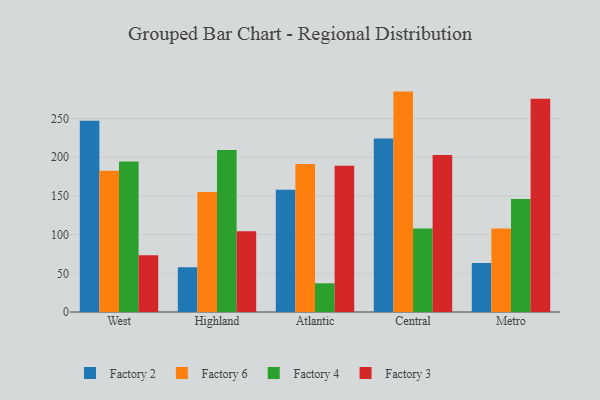
{"axis": {"x": "Region", "y": "Waste Production (Tons)"}, "legend": ["Factory 2", "Factory 3", "Factory 4", "Factory 6"], "data": [{"x": "West", "y": 247.3, "type": "Factory 2"}, {"x": "West", "y": 182.6, "type": "Factory 6"}, {"x": "West", "y": 194.6, "type": "Factory 4"}, {"x": "West", "y": 73.5, "type": "Factory 3"}, {"x": "Highland", "y": 57.8, "type": "Factory 2"}, {"x": "Highland", "y": 155.2, "type": "Factory 6"}, {"x": "Highland", "y": 209.5, "type": "Factory 4"}, {"x": "Highland", "y": 104.5, "type": "Factory 3"}, {"x": "Atlantic", "y": 157.9, "type": "Factory 2"}, {"x": "Atlantic", "y": 191.3, "type": "Factory 6"}, {"x": "Atlantic", "y": 37.1, "type": "Factory 4"}, {"x": "Atlantic", "y": 189.0, "type": "Factory 3"}, {"x": "Central", "y": 224.2, "type": "Factory 2"}, {"x": "Central", "y": 284.9, "type": "Factory 6"}, {"x": "Central", "y": 107.8, "type": "Factory 4"}, {"x": "Central", "y": 203.0, "type": "Factory 3"}, {"x": "Metro", "y": 63.2, "type": "Factory 2"}, {"x": "Metro", "y": 107.9, "type": "Factory 6"}, {"x": "Metro", "y": 146.2, "type": "Factory 4"}, {"x": "Metro", "y": 275.8, "type": "Factory 3"}]}